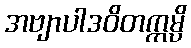
အဗျာပါဒဝိတက္ကမ္ပိ